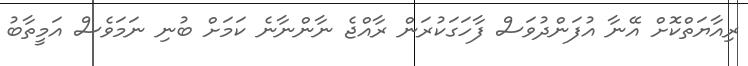
ރިއާޔަތްކޮށް އޭނާ އުފަންދުވަސް ފާހަގަކުރަން ރާއްޖެ ނާންނާނެ ކަމަށް ބުނި ނަމަވެސް އަމީތާބު